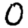
Digit: 0